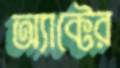
অ্যাক্টের